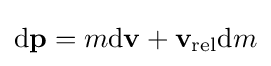
\mathrm {d} \mathbf {p} =m\mathrm {d} \mathbf {v} +\mathbf {v} _{\mathrm {rel} }\mathrm {d} m